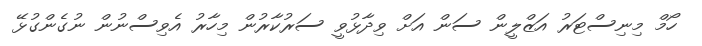
ހޯމް މިނިސްޓަރު އަޒްލީން ސަން އަށް ވިދާޅުވީ ސަރުކާރުން މިހާރު އެވިސްނުން ނުގެންގުޅޭ